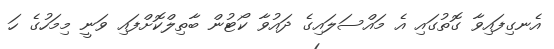
އެނގިފައިވާ ގޮތުގައި އެ މައްސަލައިގެ ދައުވާ ކޯޓުން ބާތިލްކޮށްފައި ވަނީ މިމަހުގެ ހަ